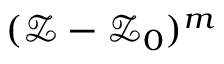
( \mathcal { Z } - \mathcal { Z } _ { 0 } ) ^ { m }